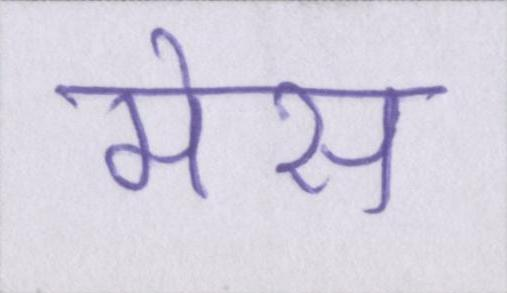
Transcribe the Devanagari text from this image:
मेस